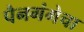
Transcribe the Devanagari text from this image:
पैनगंगेचा